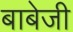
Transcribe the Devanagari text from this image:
बाबेजी